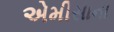
એમીસાના